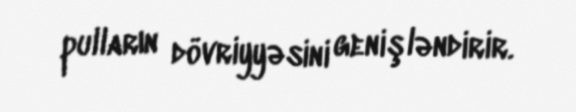
pulların dövriyyəsini genişləndirir.